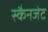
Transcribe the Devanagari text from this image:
स्कैनजेट